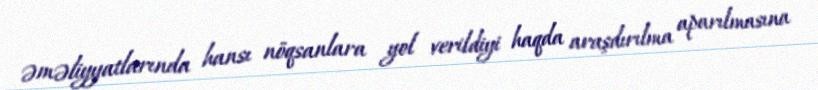
əməliyyatlarında hansı nöqsanlara yol verildiyi haqda araşdırılma aparılmasına